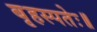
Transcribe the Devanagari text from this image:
बृहस्पतेः॥